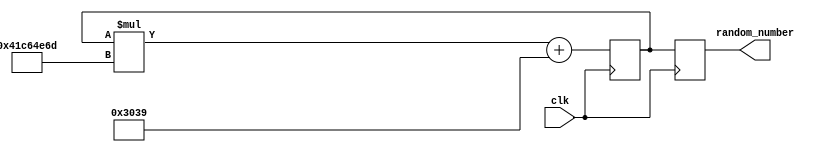
module random_generator(
    input clk,
    output reg [15:0] random_number
);

reg [15:0] seed;

always @ (posedge clk)
begin
    seed <= seed * 1103515245 + 12345; // Linear congruential generator formula
    random_number <= seed[15:0]; // Output random number
end

endmodule